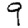
Digit: 9